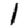
Digit: 1